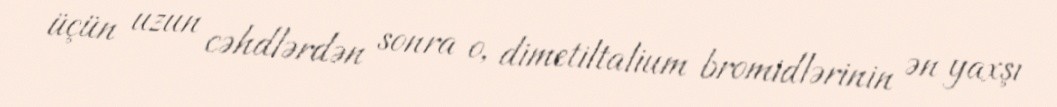
üçün uzun cəhdlərdən sonra o, dimetiltalium bromidlərinin ən yaxşı